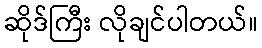
ဆိုဒ်ကြီး လိုချင်ပါတယ်။